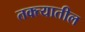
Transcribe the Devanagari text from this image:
तक्त्यातील